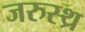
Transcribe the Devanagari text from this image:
जरुस्थ्र